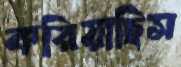
করিয়াছিস